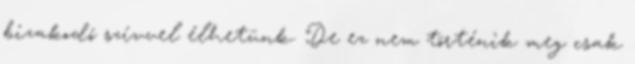
bizakodó szívvel élhetünk. De ez nem történik meg csak